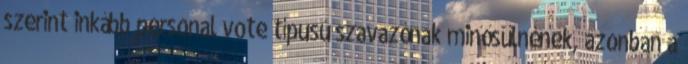
szerint inkább personal vote típusú szavazónak minősülnének, azonban a